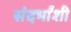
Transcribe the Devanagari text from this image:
संदर्भांशी